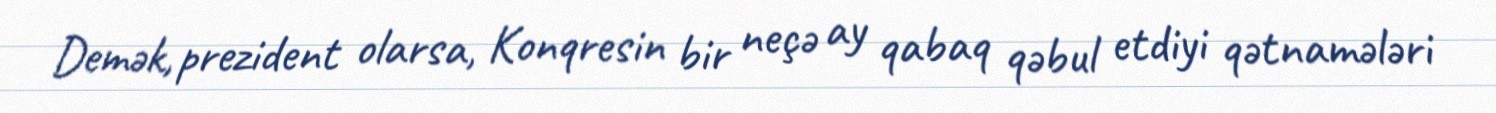
Demək, prezident olarsa, Konqresin bir neçə ay qabaq qəbul etdiyi qətnamələri